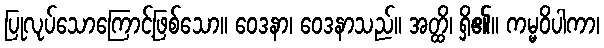
ပြုလုပ်သောကြောင့်ဖြစ်သော။ ဝေဒနာ၊ ဝေဒနာသည်။ အတ္ထိ၊ ရှိ၏။ ကမ္မဝိပါကာ၊